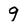
Character: 9